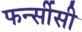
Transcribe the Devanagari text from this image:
फर्न्सीसी